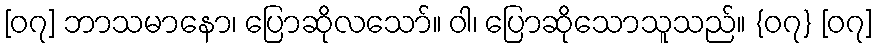
[၀၇] ဘာသမာနော၊ ပြောဆိုလသော်။ ဝါ၊ ပြောဆိုသောသူသည်။ {၀၇} [၀၇]